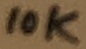
Text: 10K